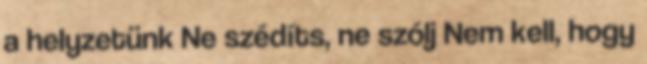
a helyzetünk Ne szédíts, ne szólj Nem kell, hogy